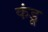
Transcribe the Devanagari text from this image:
कंडू